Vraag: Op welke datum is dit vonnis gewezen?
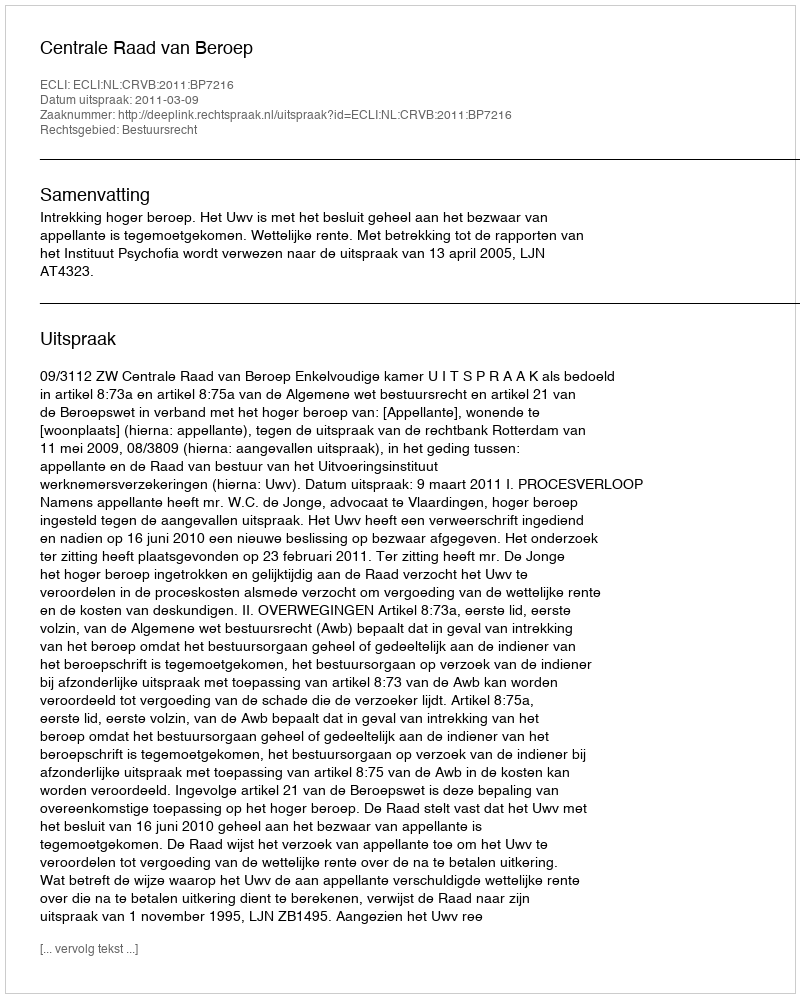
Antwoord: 2011-03-09